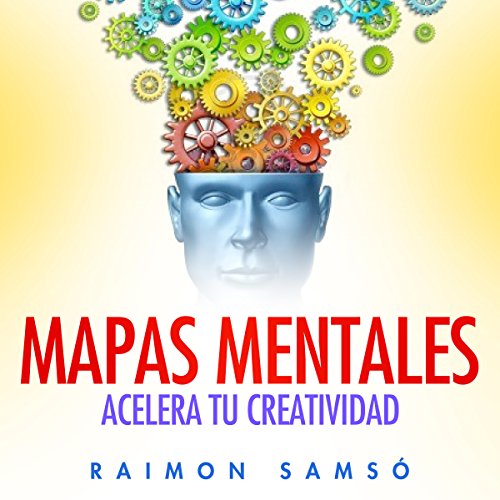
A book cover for Mapas Mentales: Acelera tu creatividad; Raimon SamsÃ³; Self-Help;